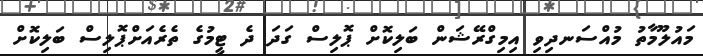
މައުލޫމާތު މުއްސަނދިވި އިމިގްރޭޝަން ބަލިކޮށް ޕޮލިސް ގަދަ ދެ ޓީމުގެ ތެރެއަށްޕޮލިސް ބަލިކޮށް